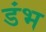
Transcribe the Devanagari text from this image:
डंभ